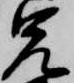
兄